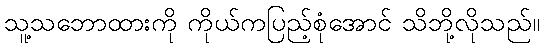
သူ့သဘောထားကို ကိုယ်ကပြည့်စုံအောင် သိဘို့လိုသည်။